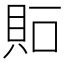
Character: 𧵀